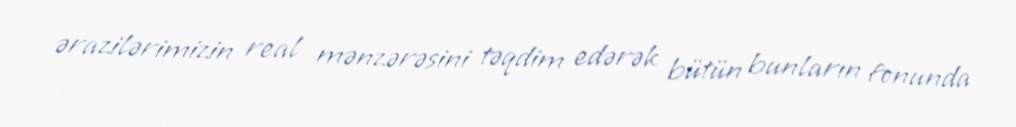
ərazilərimizin real mənzərəsini təqdim edərək bütün bunların fonunda